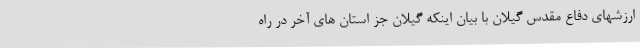
ارزشهای دفاع مقدس گیلان با بیان اینکه گیلان جز استان های آخر در راه